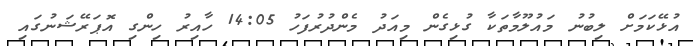
އުޅޭކަމަށް ލިބުނު މައުލޫމާތަކާ ގުޅިގެން މިއަދު މެންދުރުފަހު 14:05 ހާއިރު ހިންގި އޮޕަރޭޝަނުގައި